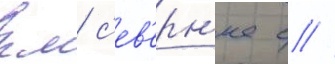
км с'ев'ерн'ее с //